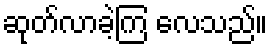
ဆုတ်လာခဲ့ကြ လေသည်။